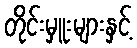
တိုင်းမှူးများနှင့်